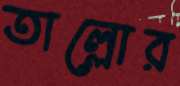
তাল্লোর